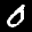
Label: 0